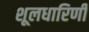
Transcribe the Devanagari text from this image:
शूलधारिणी